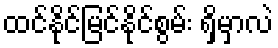
ထင်နိုင်မြင်နိုင်စွမ်း ရှိမှာလဲ